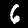
Label: 6